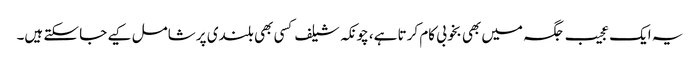
یہ ایک عجیب جگہ میں بھی بخوبی کام کرتا ہے، چونکہ شیلف کسی بھی بلندی پر شامل کیے جا سکتے ہیں۔